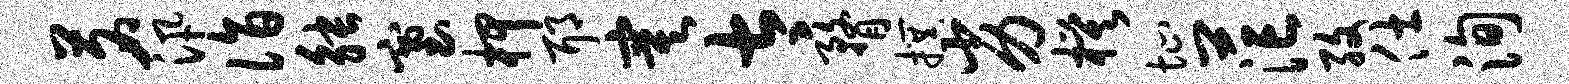
茗汛诣觖塞柙耶寞太瞀撰劣模址茫孜仕洵